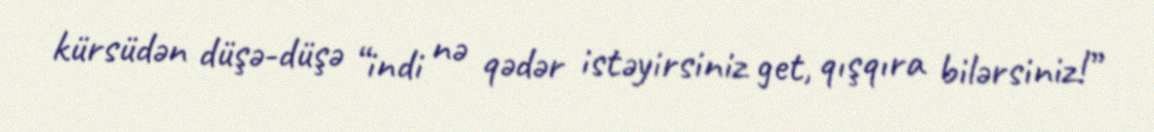
kürsüdən düşə-düşə “indi nə qədər istəyirsiniz get, qışqıra bilərsiniz!”